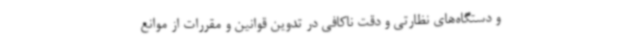
و دستگاه‌های نظارتی و دقت ناکافی در تدوین قوانین و مقررات از موانع